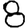
Digit: 8